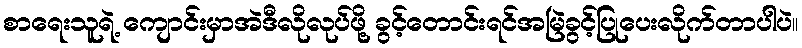
စာရေးသူရဲ့ ကျောင်းမှာအဲဒီလိုလုပ်ဖို့ ခွင့်တောင်းရင်အမြဲခွင့်ပြုပေးလိုက်တာပါပဲ။